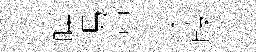
暎馮冲臬葭